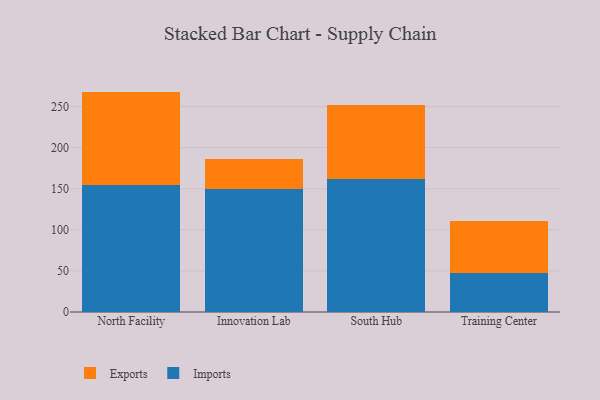
{"axis": {"x": "Campus", "y": "Bounce Rate (%)"}, "legend": ["Exports", "Imports"], "data": [{"x": "North Facility", "y": 154.7, "type": "Imports"}, {"x": "North Facility", "y": 113.5, "type": "Exports"}, {"x": "Innovation Lab", "y": 149.7, "type": "Imports"}, {"x": "Innovation Lab", "y": 36.5, "type": "Exports"}, {"x": "South Hub", "y": 161.4, "type": "Imports"}, {"x": "South Hub", "y": 90.9, "type": "Exports"}, {"x": "Training Center", "y": 47.7, "type": "Imports"}, {"x": "Training Center", "y": 63.0, "type": "Exports"}]}